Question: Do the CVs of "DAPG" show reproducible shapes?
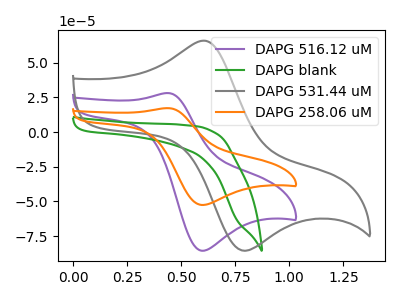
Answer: <think>The purple curve "DAPG 516.12 uM" has an anodic peak at (0.45V, 28.20uA) and a cathodic peak at (0.60V, -85.50uA). The green curve "DAPG blank" has no peaks. The gray curve "DAPG 531.44 uM" has an anodic peak at (0.60V, 65.80uA) and a cathodic peak at (0.80V, -85.55uA). The orange curve "DAPG 258.06 uM" has an anodic peak at (0.45V, 17.30uA) and a cathodic peak at (0.60V, -52.50uA).
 "DAPG 516.12 uM" and "DAPG blank" have a different number of peaks. "DAPG 516.12 uM" and "DAPG 531.44 uM" have at least one peak that do not match. All the peaks in "DAPG 516.12 uM" have a peak in "DAPG 258.06 uM" at the same potential. Every peak in "DAPG 516.12 uM" is higher than every peak in "DAPG 258.06 uM". "DAPG blank" and "DAPG 531.44 uM" have a different number of peaks. "DAPG blank" and "DAPG 258.06 uM" have a different number of peaks. "DAPG 531.44 uM" and "DAPG 258.06 uM" have at least one peak that do not match.</think>
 <answer>All the CV's of "DAPG" have similar shape.</answer>
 <eval>follow_rule</eval>